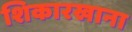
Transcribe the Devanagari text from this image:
शिकारखाना